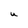
Character: U